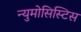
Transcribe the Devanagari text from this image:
न्युमोसिस्टिस